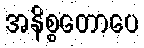
အနိစ္စတောပေ